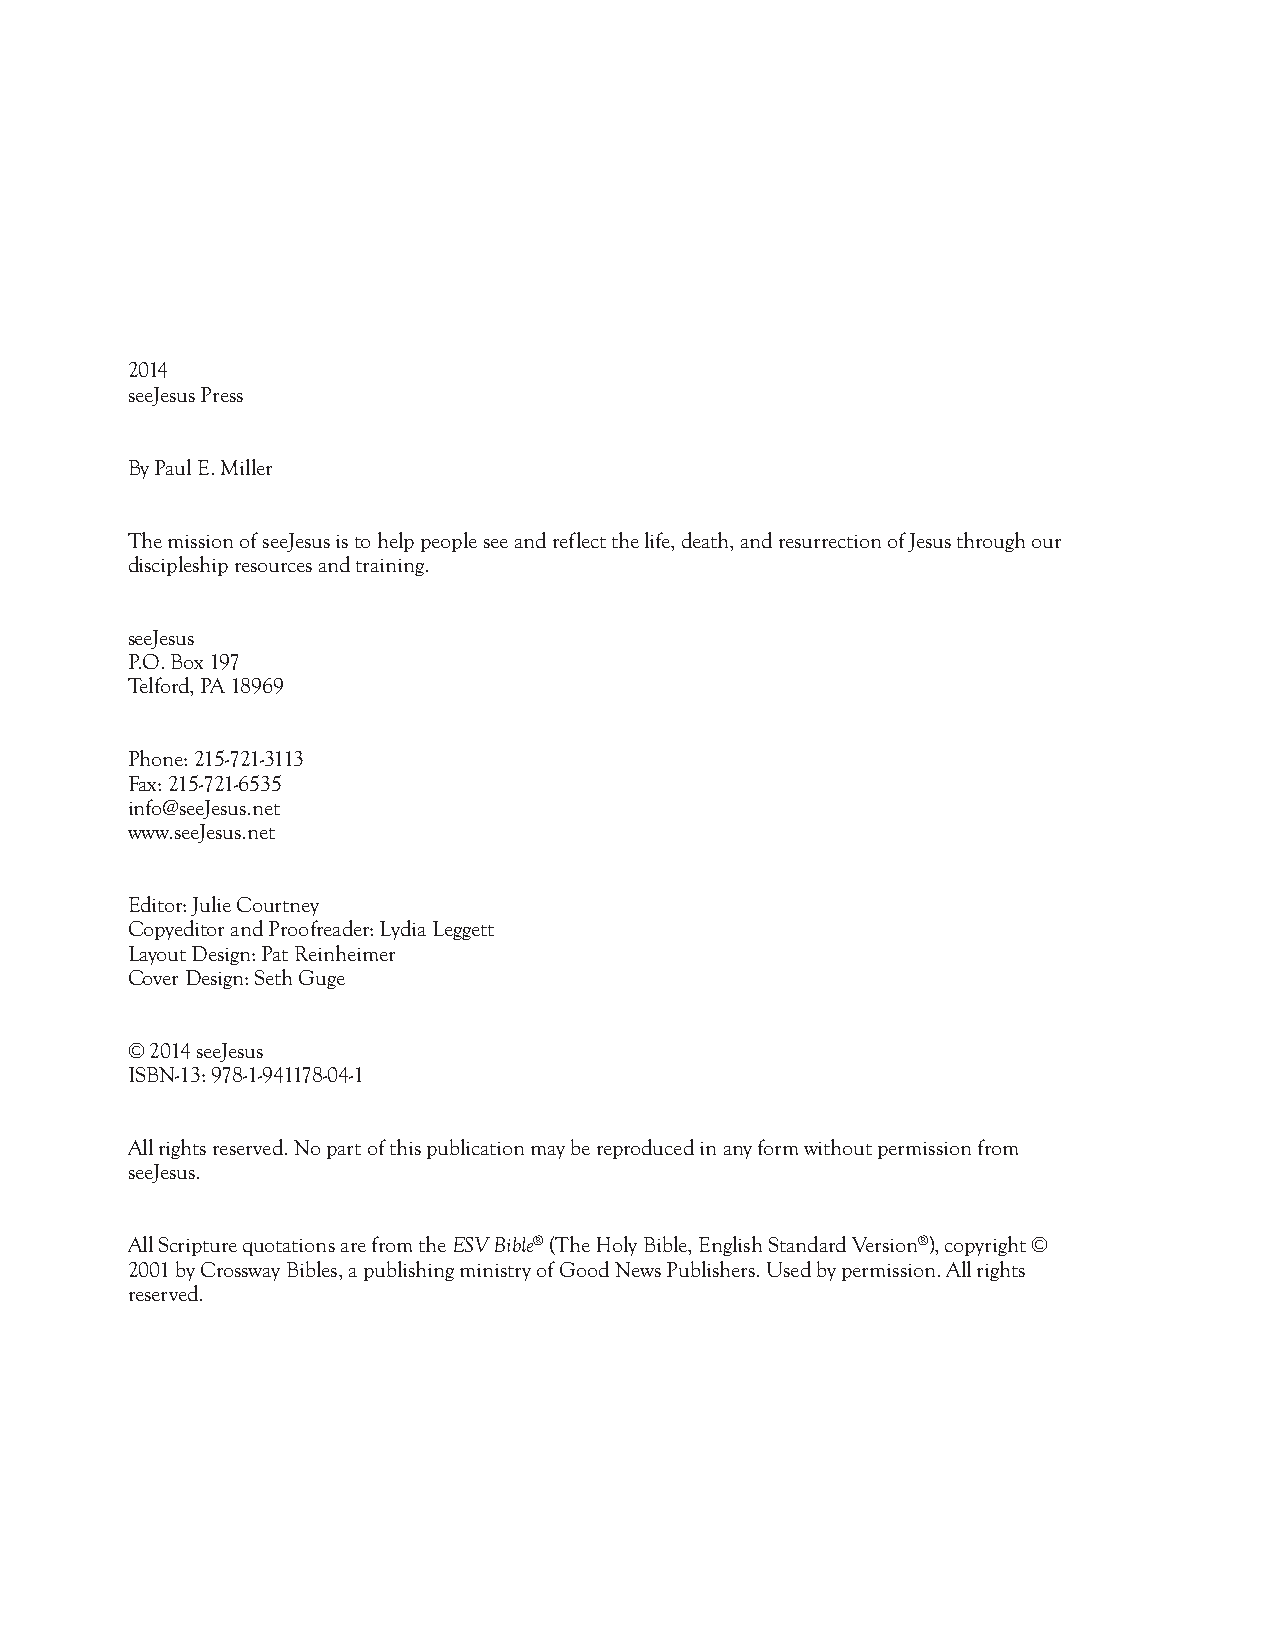
To  Julie   Courtney
 Julie Courtney was one of the first people to teach one of our interactive Bible studies when she gathered a few
 women at a friend’s house and taught the Person of Jesus study in 1998. A Muslim woman who had never held
 a Bible and was desperately lonely came to the study, opened the Bible, and then later her heart to Christ. Julie
 came on as part-time staff in 2000 and then full-time in 2004. She has tirelessly worked at any job that came
 her way these last ten years. Julie has remarkable flexibility and adaptability—in spite of the fact that she readily
 admits that she strongly dislikes change! Julie is our most versatile trainer in seeJesus. She has lead Person of Jesus,
 A Praying Life, Small Group Leader Training, and A Loving Life Seminars. Increasingly she is a sought-out speaker,
 not because she is flashy or sophisticated, but because she lets the Word speak for itself. She is gifted at helping
 a group come alive around the Scripture. So to Julie Courtney, my friend and fellow worker, I dedicate Grace
 Through the Eyes of Jesus. Oh, by the way, she was instrumental in coming up with the title!